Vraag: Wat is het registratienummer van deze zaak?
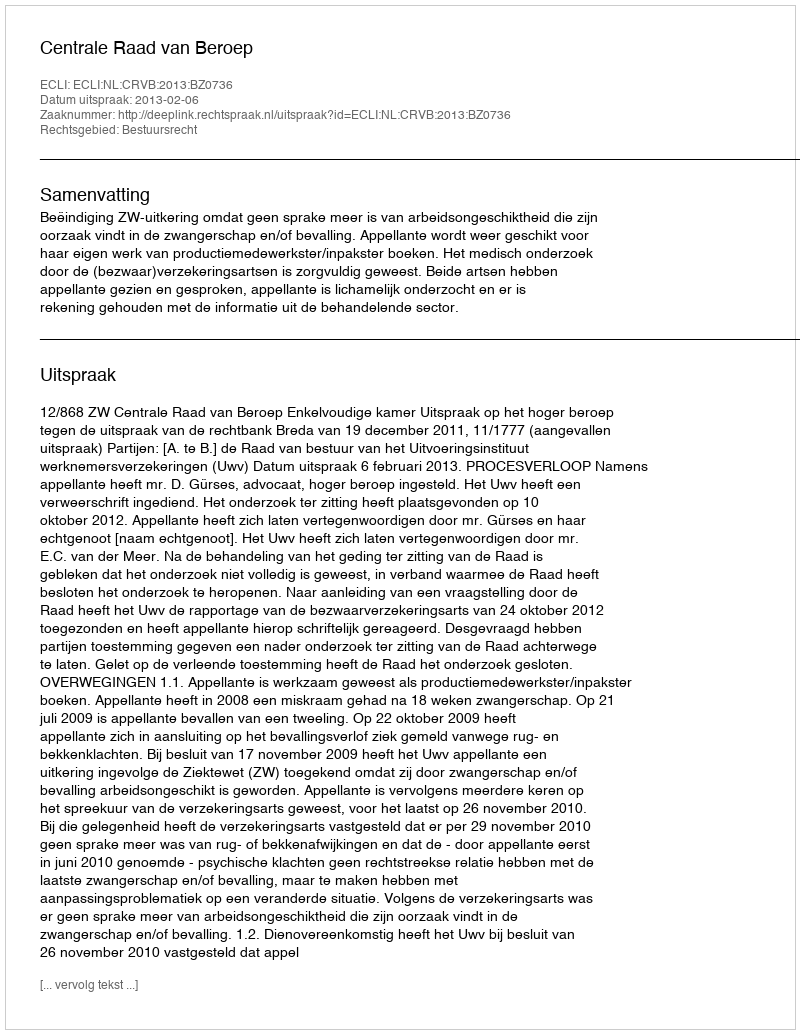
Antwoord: http://deeplink.rechtspraak.nl/uitspraak?id=ECLI:NL:CRVB:2013:BZ0736